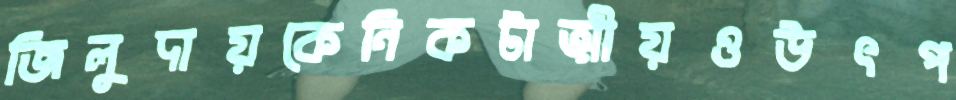
জিলুদায়কেনিকটাত্মীয়ওউৎপ